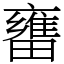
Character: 㽫